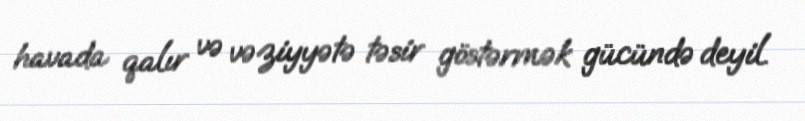
havada qalır və vəziyyətə təsir göstərmək gücündə deyil.